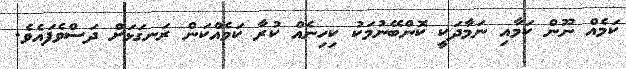
ކަމެއް ނޫން ކަމާއި ނަމާދަކީ ކޮންބޭނުމަކު ކިހިނެއް ކުރާ ކަމެއްކަން ރަނގަޅަށް ދަސްވެފައެވެ.